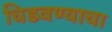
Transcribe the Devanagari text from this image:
चिडवण्याचा